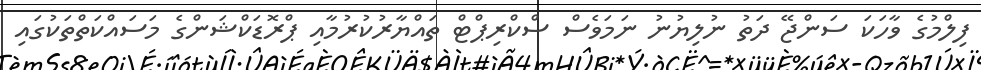
ފިލްމުގެ ވާހަކަ ސަންޖޭ ދަތު ނުލިޔުނު ނަމަވެސް ސްކްރިޕްޓް ތައްޔާރުކުރުމާއި ޕްރޮޑަކްޝަންގެ މަސައްކަތްތަކުގައި